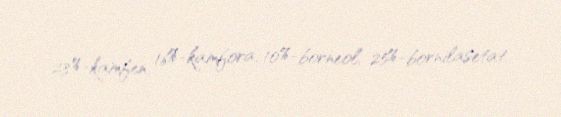
23%-kamfen, 16%-kamfora, 10%-borneol, 25%-bornilasetat.